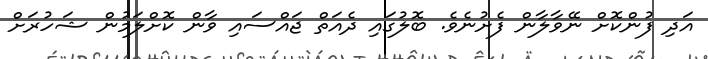
އަދި ފުންކޮށް ނޭވާލާން ފެށުނެވެ. ބޮލުގައި ދެއަތް ޖައްސައި ވާން ކޮށްލަމުން ޝަހުރަށް